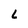
Character: 6